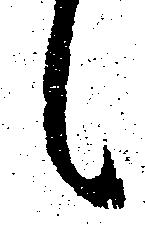
候